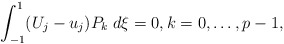
\begin{align*}\int_{-1}^1 (U_j - u_j)P_k \; d\xi = 0, k = 0, \ldots, p-1,\end{align*}